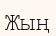
Жың